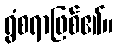
ရွံစရာဖြစ်၏။